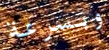
وبسرعة